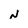
Character: N